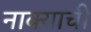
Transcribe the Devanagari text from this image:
नाक्याची